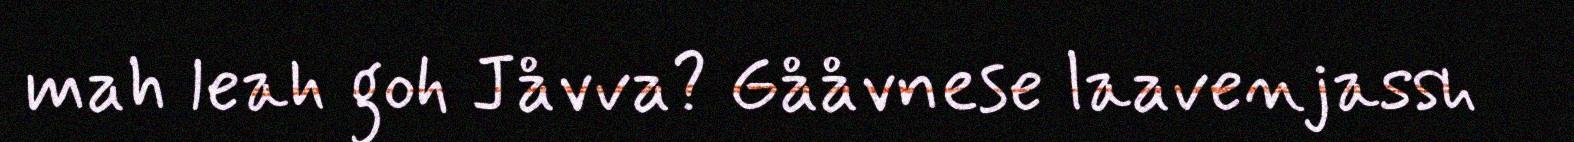
mah leah goh Jåvva? Gååvnese laavenjassh